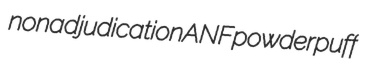
nonadjudication ANF powderpuff